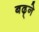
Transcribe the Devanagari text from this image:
बढ़्ने